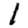
Digit: 1